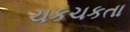
ચકચકતા